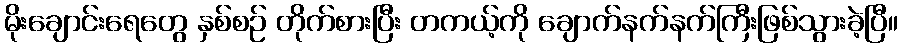
မိုးချောင်းရေတွေ နှစ်စဉ် တိုက်စားပြီး တကယ့်ကို ချောက်နက်နက်ကြီးဖြစ်သွားခဲ့ပြီ။